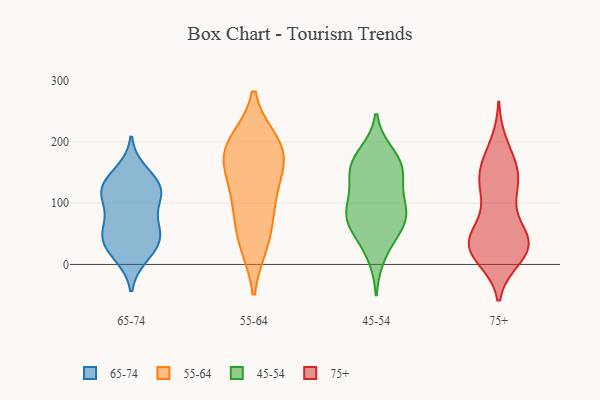
{"axis": {"x": "Tickets Resolved", "y": "Value"}, "legend": ["45-54", "55-64", "65-74", "75+"], "data": [{"x": "", "y": 132, "type": "65-74"}, {"x": "", "y": 63, "type": "65-74"}, {"x": "", "y": 102, "type": "65-74"}, {"x": "", "y": 151, "type": "65-74"}, {"x": "", "y": 106, "type": "65-74"}, {"x": "", "y": 54, "type": "65-74"}, {"x": "", "y": 127, "type": "65-74"}, {"x": "", "y": 117, "type": "65-74"}, {"x": "", "y": 126, "type": "65-74"}, {"x": "", "y": 49, "type": "65-74"}, {"x": "", "y": 29, "type": "65-74"}, {"x": "", "y": 53, "type": "65-74"}, {"x": "", "y": 24, "type": "65-74"}, {"x": "", "y": 14, "type": "65-74"}, {"x": "", "y": 35, "type": "55-64"}, {"x": "", "y": 94, "type": "55-64"}, {"x": "", "y": 33, "type": "55-64"}, {"x": "", "y": 171, "type": "55-64"}, {"x": "", "y": 171, "type": "55-64"}, {"x": "", "y": 83, "type": "55-64"}, {"x": "", "y": 122, "type": "55-64"}, {"x": "", "y": 197, "type": "55-64"}, {"x": "", "y": 151, "type": "55-64"}, {"x": "", "y": 194, "type": "55-64"}, {"x": "", "y": 200, "type": "55-64"}, {"x": "", "y": 100, "type": "45-54"}, {"x": "", "y": 82, "type": "45-54"}, {"x": "", "y": 158, "type": "45-54"}, {"x": "", "y": 47, "type": "45-54"}, {"x": "", "y": 155, "type": "45-54"}, {"x": "", "y": 182, "type": "45-54"}, {"x": "", "y": 60, "type": "45-54"}, {"x": "", "y": 13, "type": "45-54"}, {"x": "", "y": 147, "type": "45-54"}, {"x": "", "y": 86, "type": "45-54"}, {"x": "", "y": 148, "type": "45-54"}, {"x": "", "y": 80, "type": "45-54"}, {"x": "", "y": 111, "type": "45-54"}, {"x": "", "y": 66, "type": "45-54"}, {"x": "", "y": 176, "type": "45-54"}, {"x": "", "y": 21, "type": "75+"}, {"x": "", "y": 35, "type": "75+"}, {"x": "", "y": 37, "type": "75+"}, {"x": "", "y": 13, "type": "75+"}, {"x": "", "y": 194, "type": "75+"}, {"x": "", "y": 29, "type": "75+"}, {"x": "", "y": 171, "type": "75+"}, {"x": "", "y": 154, "type": "75+"}, {"x": "", "y": 125, "type": "75+"}, {"x": "", "y": 33, "type": "75+"}, {"x": "", "y": 30, "type": "75+"}, {"x": "", "y": 39, "type": "75+"}, {"x": "", "y": 72, "type": "75+"}, {"x": "", "y": 114, "type": "75+"}, {"x": "", "y": 130, "type": "75+"}, {"x": "", "y": 139, "type": "75+"}, {"x": "", "y": 155, "type": "75+"}, {"x": "", "y": 25, "type": "75+"}, {"x": "", "y": 40, "type": "75+"}]}